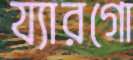
য্যারগো